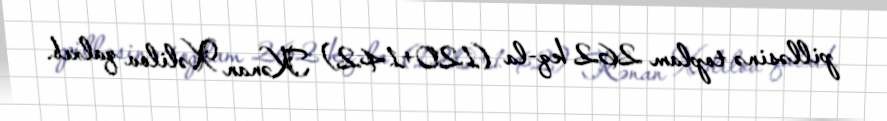
pilləsinə toplam 262 kq-la (120+142) Kənan Xəlilov qalxıb.